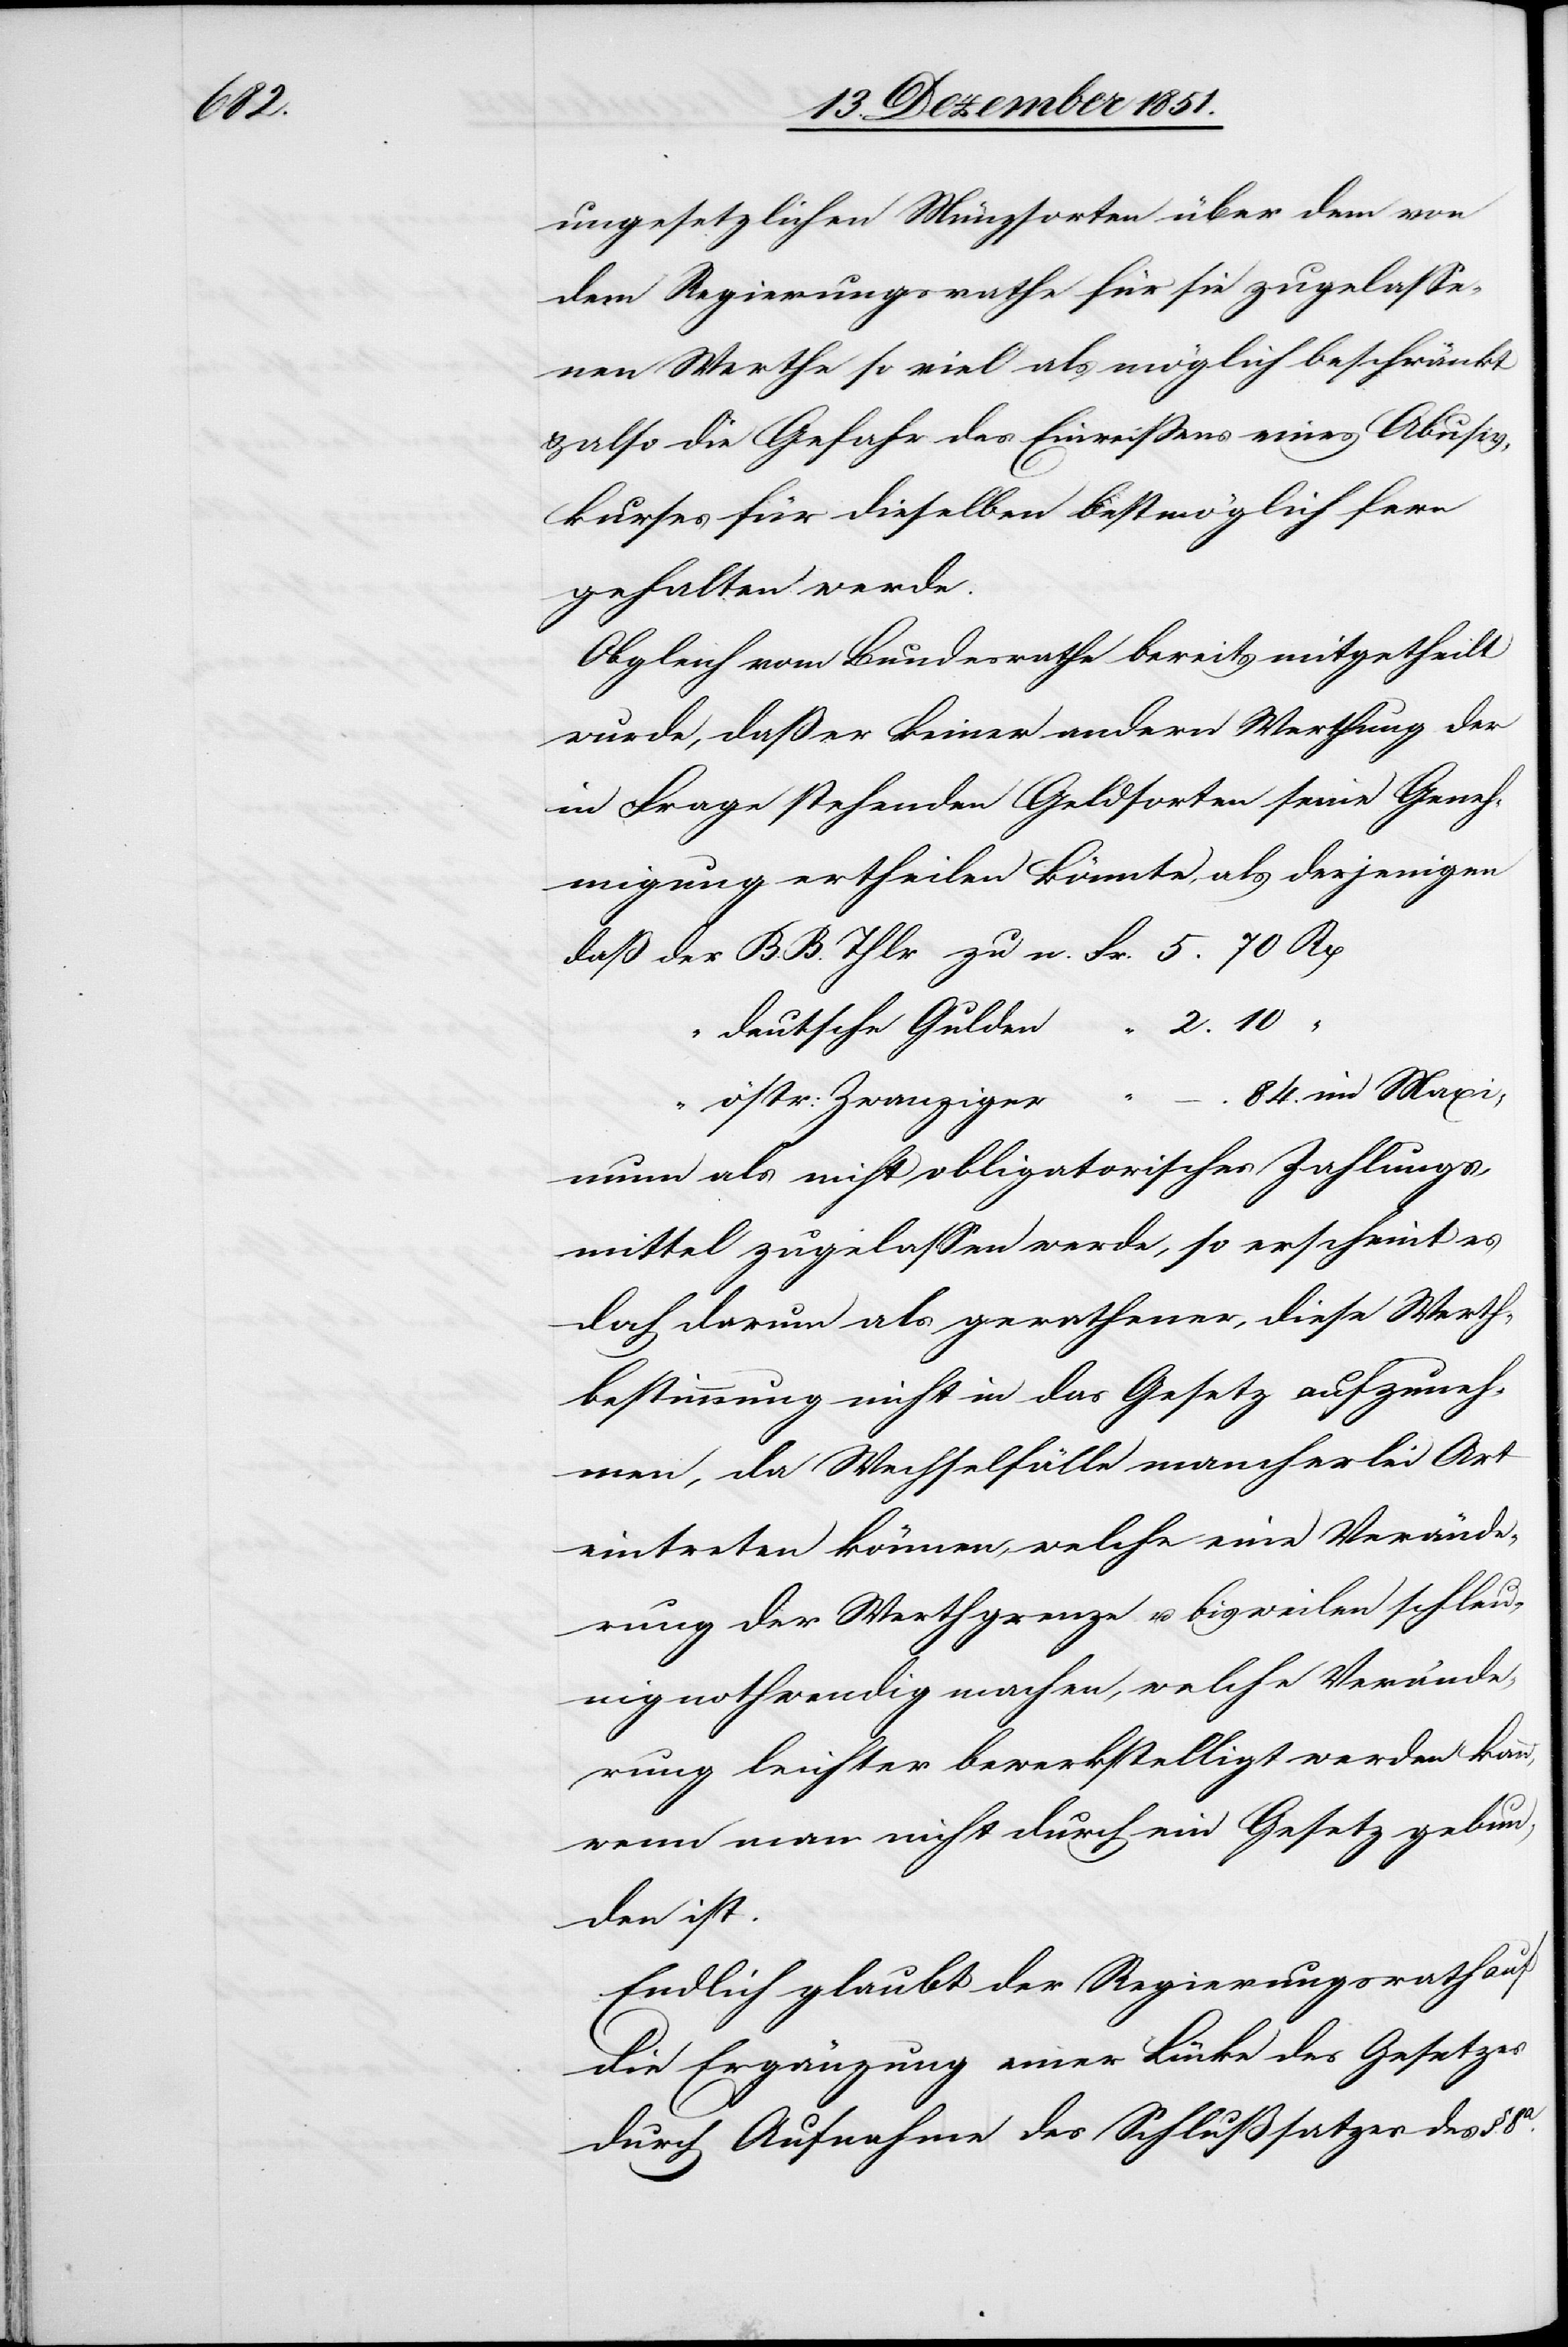
“ 2.

ungesetzlichen Münzsorten über dem von
dem Regierungsrathe für sie zugelasse¬
nen Werthe so viel als möglich beschränkt
& also die Gefahr des Einreissens eines Abusiv¬
kurses für dieselben bestmöglich fern
gehalten werde.
Obgleich vom Bundesrathe bereits mitgetheilt
wurde, daß er keiner andern Werthung der
in Frage stehenden Geldsorten seine Geneh¬
migung ertheilen könnte, als derjenigen
deutsche Gulden
84 “ im Maxi¬
Zahlungs¬
östr: Zwanziger
mittel zugelassen werde, so erscheint es
doch darum als gerathener, diese Werth¬
bestimmung nicht in das Gesetz aufzuneh¬
men, da Wechselfälle mancherlei Art
eintreten können, welche eine Verände¬
rung der Werthgrenze u. bisweilen schle¬
unig nothwendig machen, welche Verände¬
rung leichter bewerkstelligt werden kann,
wenn man nicht durch ein Gesetz gebun¬
den ist.
Endlich glaubt der Regierungsrath auf
die Ergänzung einer Lücke des Gesetzes
durch Aufnahme des Schlußsatzes des §.